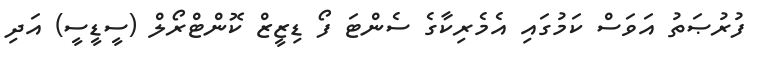
ފުރުޞަތު އަވަސް ކަމުގައި އެމެރިކާގެ ސެންޓަ ފޯ ޑިޒީޒް ކޮންޓްރޯލް (ސީޑީސީ) އަދި